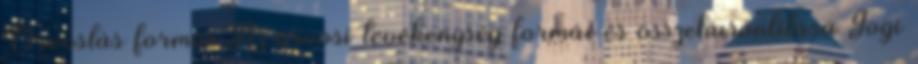
Orvoslás formái Az orvosi tevékenység formái és összehasonlítása Jogi